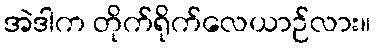
အဲဒါက တိုက်ရိုက်လေယာဉ်လား။